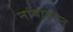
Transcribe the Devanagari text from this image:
नांवावरुन